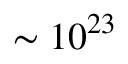
\sim 1 0 ^ { 2 3 }